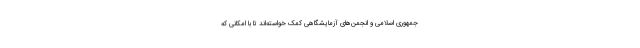
جمهوری اسلامی و انجمن‌های آزمایشگاهی کمک خواسته‌اند تا با امکانی که